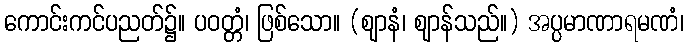
ကောင်းကင်ပညတ်၌။ ပဝတ္တံ၊ ဖြစ်သော။ (ဈာနံ၊ ဈာန်သည်။) အပ္ပမာဏာရမဏံ၊